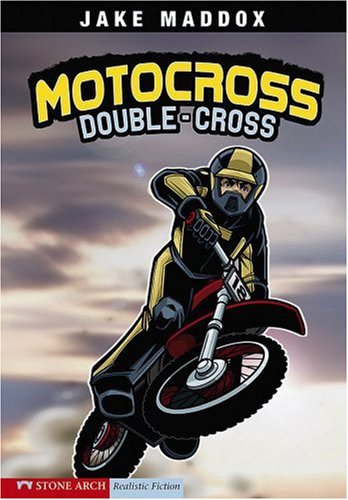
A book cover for Motocross Double-Cross (Jake Maddox Sports Stories); Jake Maddox; Sports & Outdoors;